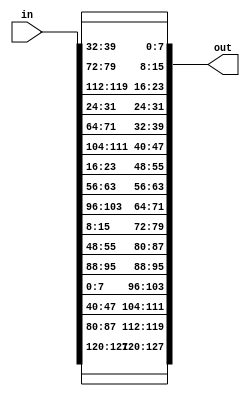
module shift_rows (in,out);
input [16*8-1 : 0] in;
output [16*8-1 : 0] out;
wire [16*8-1 : 0] out;

assign out = {
	in[127:120],in[87:80],in[47:40],in[7:0],
	in[95:88],in[55:48],in[15:8],in[103:96],
	in[63:56],in[23:16],in[111:104],in[71:64],
	in[31:24],in[119:112],in[79:72],in[39:32] };

endmodule